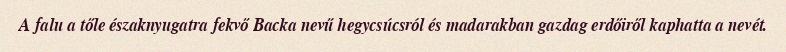
A falu a tőle északnyugatra fekvő Backa nevű hegycsúcsról és madarakban gazdag erdőiről kaphatta a nevét.